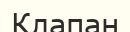
Клапан